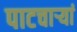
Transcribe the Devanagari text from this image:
पाटचार्‍यां